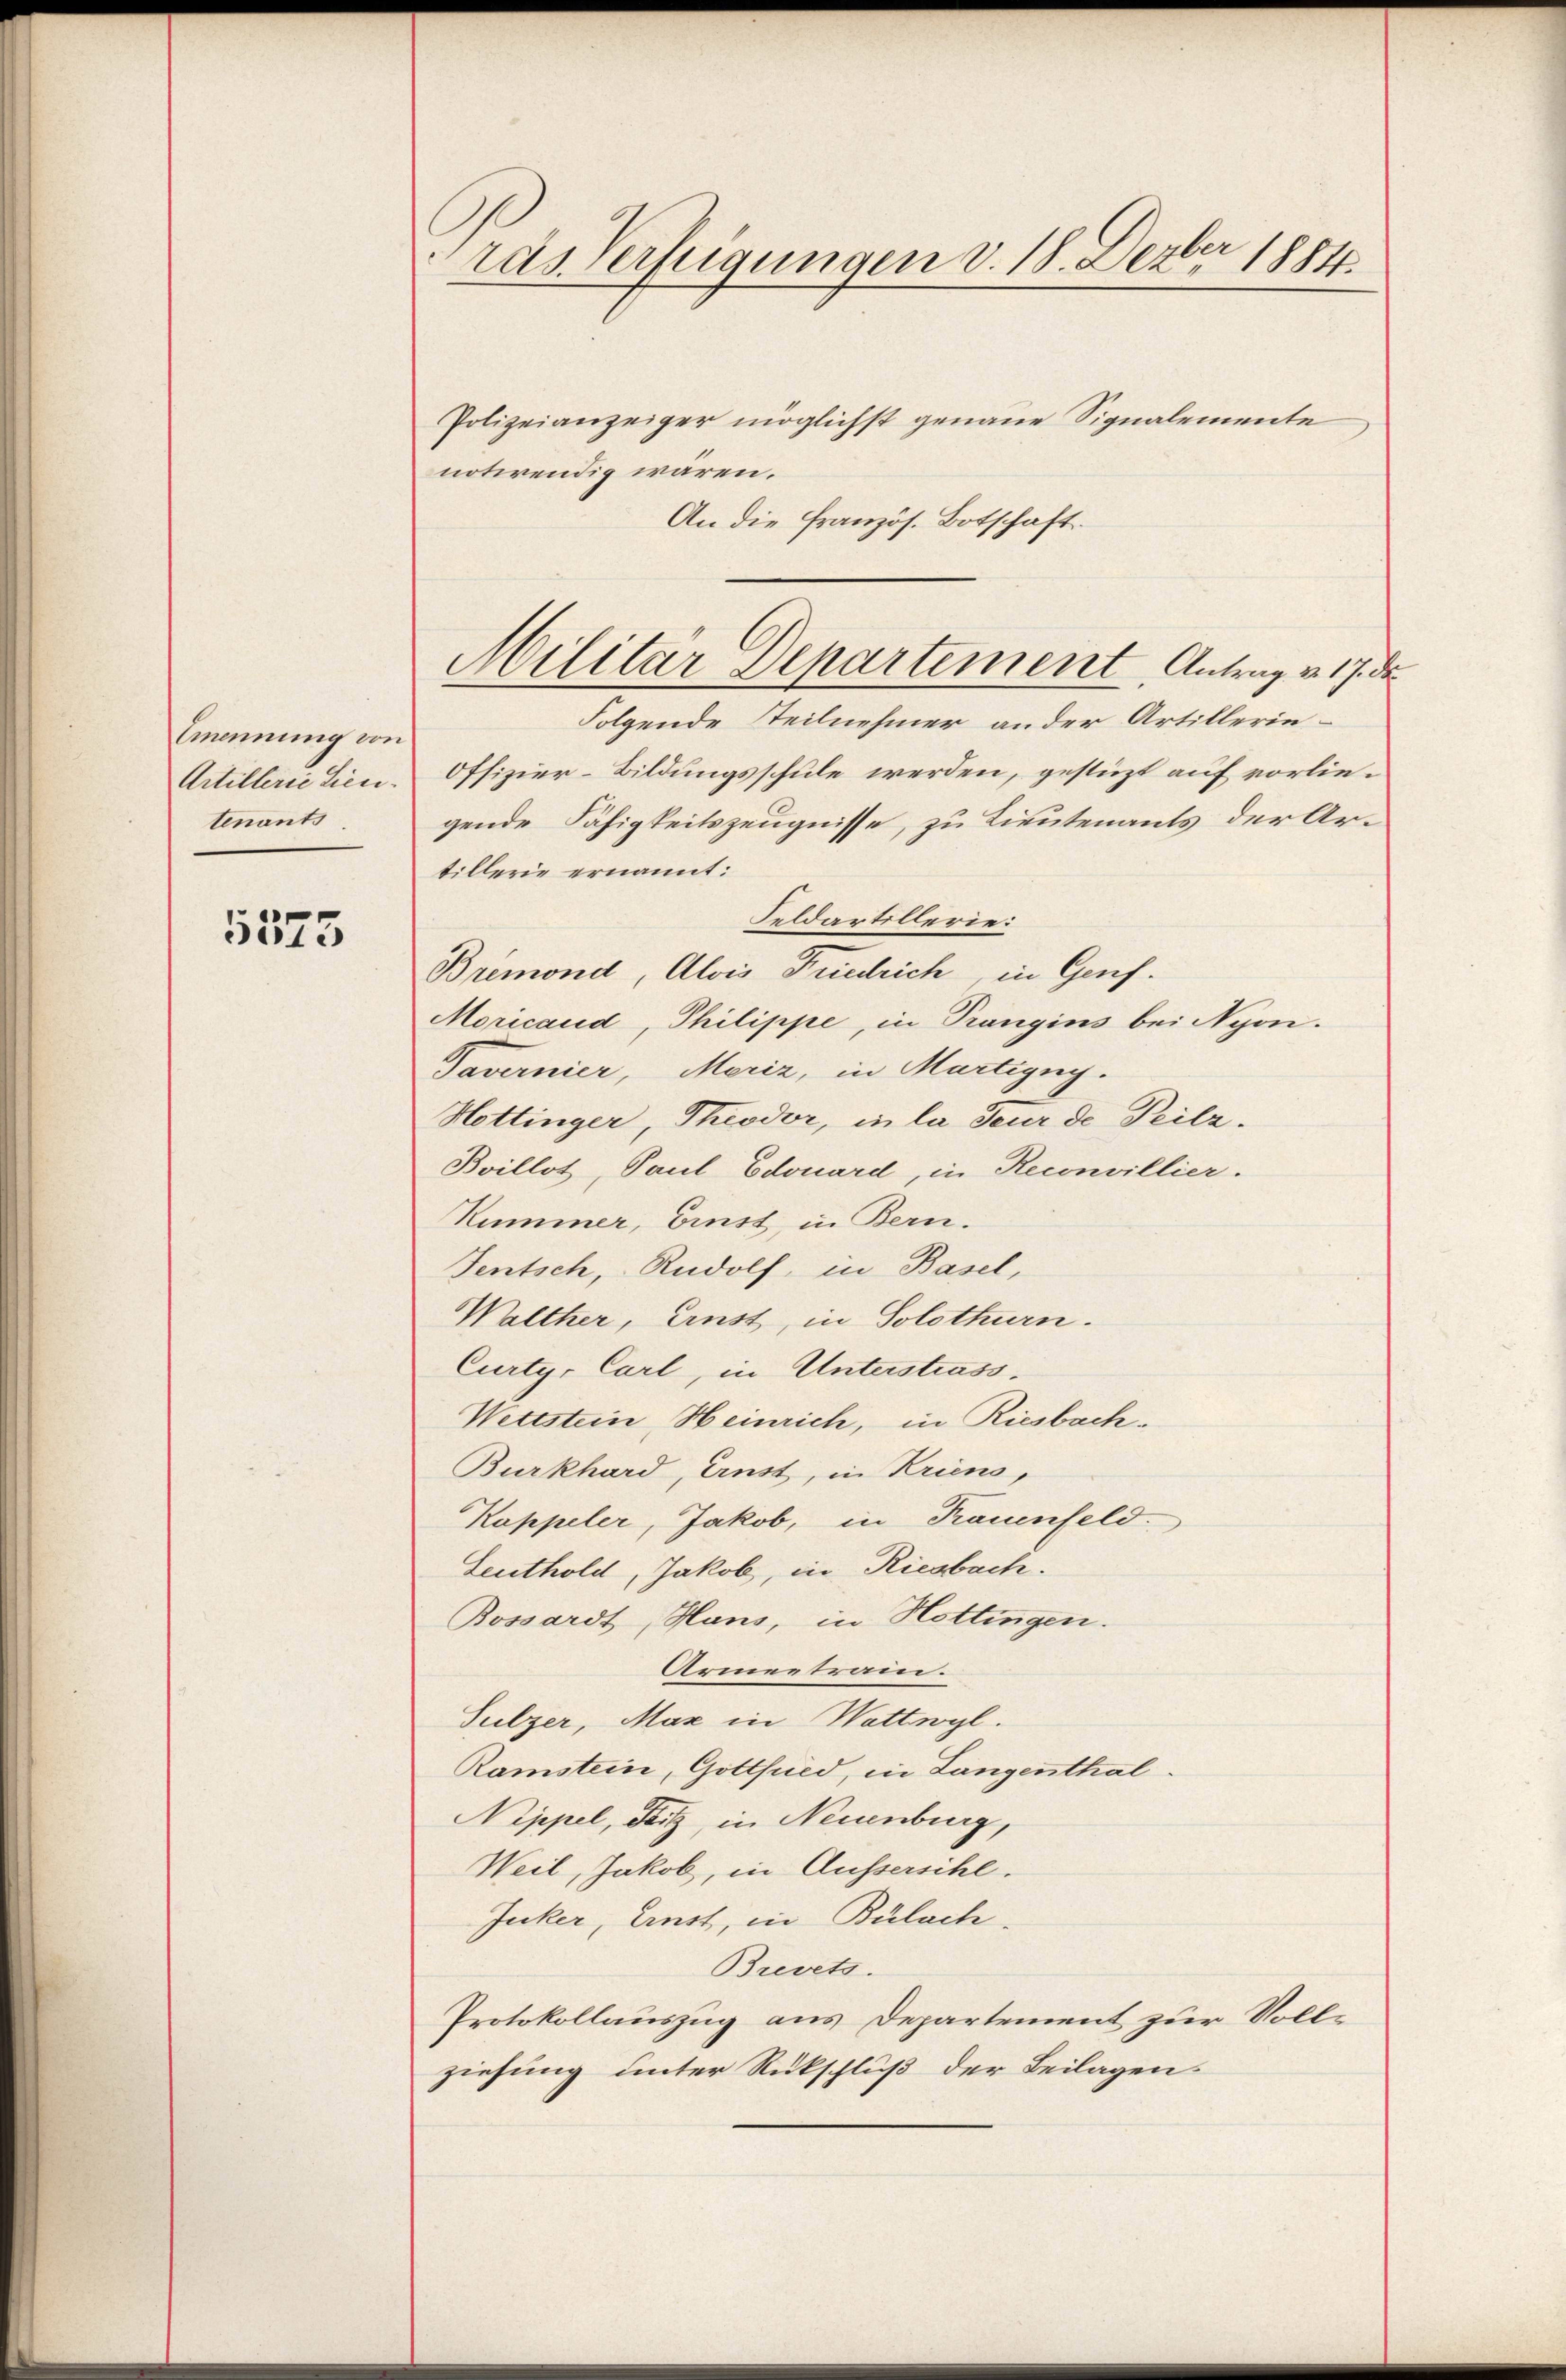
Emennung von
Artillerie Lieutenants

5575

ras Verfügungen v. 18. Dezbr 1884.

Polizeianzeiger möglichst genaue Signalemente
notirendig wären.
An die französ. Botschaft.
Folgende Steilnehmer an der Artillerin¬
Offizier-Bildungsschule werden, gestüzt auf vorliegende Fähigkeitszeugnisse, zu Lieutenants der Artillerie ernannt:
Feldartillerie:
Bremond, Alois Friedrich, in Genf.
Moricaud, Philippe, in Prangins bei Nyon.
Tavernier, Meriz, in Martigny.
Hottinger, Theodor, in la Feur de Teilz.
Boillot, Paul Edouard, in Reconvillier.
Kummer, Einst, in Bern.
Jentsch, Rudolf, in Basel,
Walther, Ernst, in Solothurn.
Curty- Carl, in Unterstrass.
Wettstein Heinrich, in Riesbach¬
Burkhard, Ernst, in Kriens,
Kappeler, Jakob, in Krauenfeld.
Leuthold, Jakob, in Riesbach.
Bossardt, Hans, in Hottingen.
Armentrain.
Sulzer, Max in Wattwyl.
Ramstein, Gottfried, in Langenthal.
Nippel, Fitz, in Neuenburg,
Weil, Jakob, in Aussersihl.
Juker, Einst, in Bülach
Brevets.
Protokollauszug aus Departement zur Vollziehung unter Rückschluß der Beilagen

Militar Departement, Antrag v. 17. de